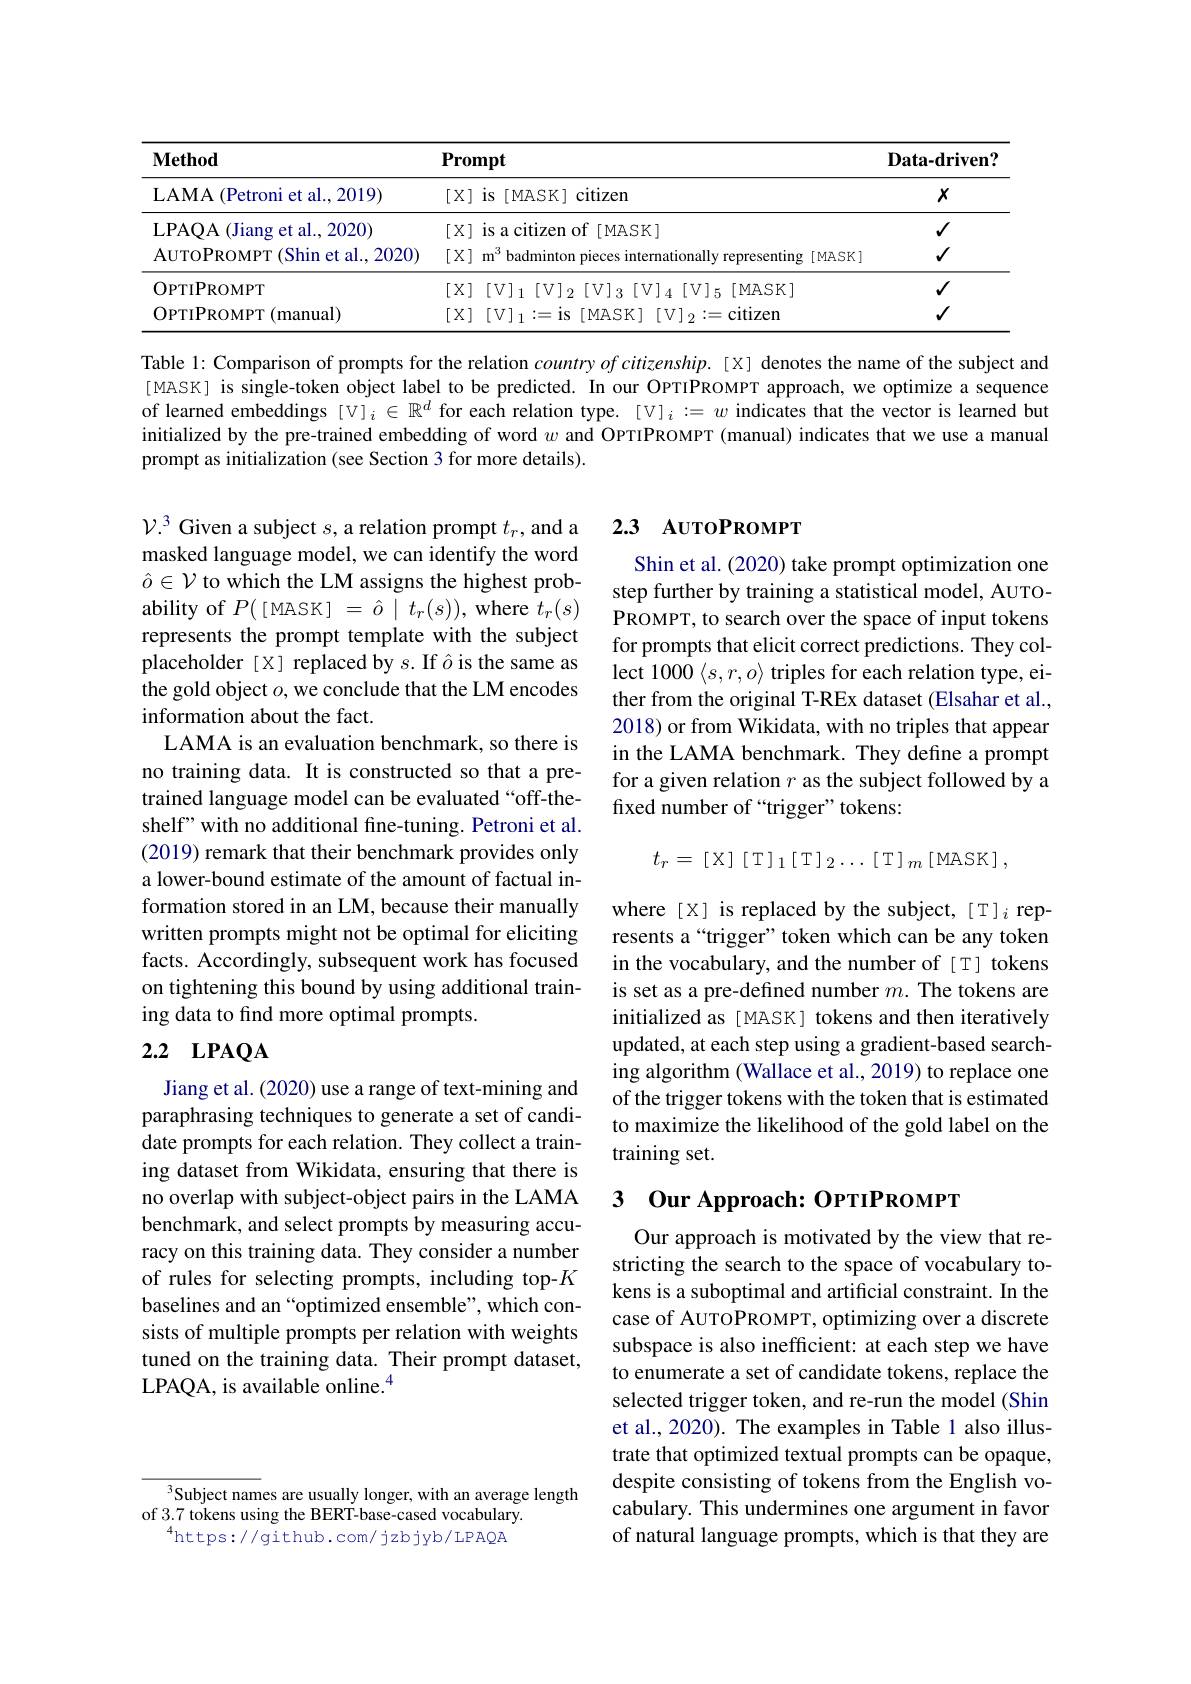
<table>
	<tbody>
		<tr>
			<th>$\mathbf{Method}$</th>
			<th>$\mathbf{Prompt}$</th>
			<th>$\textbf{Data- driven}$</th>
		</tr>
		<tr>
			<td>LAMA (Petroni et al., 2019)</td>
			<td>$[X]$ is [MASK] citizen</td>
			<td>$X$</td>
		</tr>
		<tr>
			<td>$\mathbf{LPAQA}$ 11 (Jiang et al., 2020)</td>
			<td>[X] is a citizen of [ MASK]</td>
			<td>$√$</td>
		</tr>
		<tr>
			<td>AUTOPROMPT ( Shin et al. , 2020) </td>
			<td>[ X] m$^3$ badminton pieces internationally representing [MASK]</td>
			<td>$√$</td>
		</tr>
		<tr>
			<td>OPTIPROMPT</td>
			<td>[X][V$] _1 [$V$] _2 [$V$] _3 [$V$] _4 [$V$] _5 [$MASK]</td>
			<td>$√$</td>
		</tr>
		<tr>
			<td>OPTIPROMPT( manual) </td>
			<td>citizem</td>
			<td>$√$</td>
		</tr>
	</tbody>
</table>

Table 1: Comparison of prompts for the relation $country\textit{of citizenship. [ X] denotes the name of the subject and}$ [MASK] is single-token object label to be predicted. In our OPTIPROMPT approach, we optimize a sequence of learned embeddings [V]$_i\in\mathbb{R}^d$ for each relation type. [V]$_i:=w$ indicates that the vector is learned but initialized by the pre-trained embedding of word $w$ and OPTIPROMPT (manual) indicates that we use a manual prompt as initialization (see Section 3 for more details).

## 2.3 AUTOPROMPT

Shin et al. (2020) take prompt optimization one step further by training a statistical model, AUTOPROMPT, to search over the space of input tokens for prompts that elicit correct predictions. They collect 1000 $\langle s,r,o\rangle$ triples for each relation type, either from the original T-REx dataset (Elsahar et al., 2018) or from Wikidata, with no triples that appear in the LAMA benchmark. They define a prompt for a given relation $r$ as the subject followed by a fixed number of “trigger”tokens:

$\mathcal{V}.^3$ Given a subject $s$, a relation prompt $t_r$, and a masked language model, we can identify the word $\hat{o}\in\mathcal{V}$ to which the LM assigns the highest probability of $P([$MASK$]=\hat{o}\mid t_r(s))$, where $t_r(s)$ represents the prompt template with the subject placeholder [X] replaced by $s.$ If ôis the same as the gold object $o$, we conclude that the LM encodes information about the fact.
LAMA is an evaluation benchmark, so there is no training data. It is constructed so that a pretrained language model can be evaluated “off-theshelf" with no additional fine-tuning. Petroni et al. (2019) remark that their benchmark provides only a lower-bound estimate of the amount of factual information stored in an LM, because their manually written prompts might not be optimal for eliciting facts. Accordingly, subsequent work has focused on tightening this bound by using additional training data to find more optimal prompts.
2.2 LPAQA
$$t_r=\text{[X][T]}_1\text{[T]}_2\ldots\text{[T]}_m\text{[MASK]},$$
where [X] is replaced by the subject,[T]i represents a“trigger”token which can be any token in the vocabulary, and the number of [T] tokens is set as a pre-defined number $m.$ The tokens are initialized as [ MASK] tokens and then iteratively updated, at each step using a gradient-based searching algorithm (Wallace et al., 2019) to replace one of the trigger tokens with the token that is estimated to maximize the likelihood of the gold label on the training set.

### 3 Our Approach: OPTIPROMPT

Jiang et al. (2020) use a range of text-mining and paraphrasing techniques to generate a set of candidate prompts for each relation. They collect a training dataset from Wikidata, ensuring that there is no overlap with subject-object pairs in the LAMA benchmark, and select prompts by measuring accuracy on this training data. They consider a number of rules for selecting prompts, including top-$K$ baselines and an “optimized ensemble”, which consists of multiple prompts per relation with weights tuned on the training data. Their prompt dataset, LPAQA, is available online.$^{4}$

Our approach is motivated by the view that restricting the search to the space of vocabulary tokens is a suboptimal and artificial constraint. In the case of AUTOPROMPT, optimizing over a discrete subspace is also inefficient: at each step we have to enumerate a set of candidate tokens, replace the selected trigger token, and re-run the model (Shin et al., 2020). The examples in Table 1 also illustrate that optimized textual prompts can be opaque, despite consisting of tokens from the English vocabulary. This undermines one argument in favor of natural language prompts, which is that they are

Subject names are usually longer, with an average length
of 3.7 tokens using the BERT-base-cased vocabulary.
$^{4}$https://github.com/jzbjyb/LPAQA